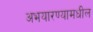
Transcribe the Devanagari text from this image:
अभयारण्यामधील